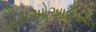
એમઓઆઈએલ